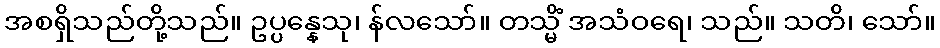
အစရှိသည်တို့သည်။ ဥပ္ပန္နေသု၊ န်လသော်။ တသ္မိံ အသံဝရေ၊ သည်။ သတိ၊ သော်။